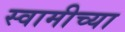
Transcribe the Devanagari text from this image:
स्‍वामीच्‍या